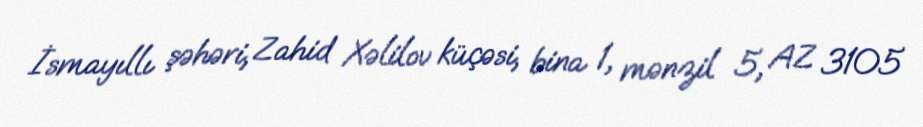
İsmayıllı şəhəri, Zahid Xəlilov küçəsi, bina 1, mənzil 5, AZ 3105